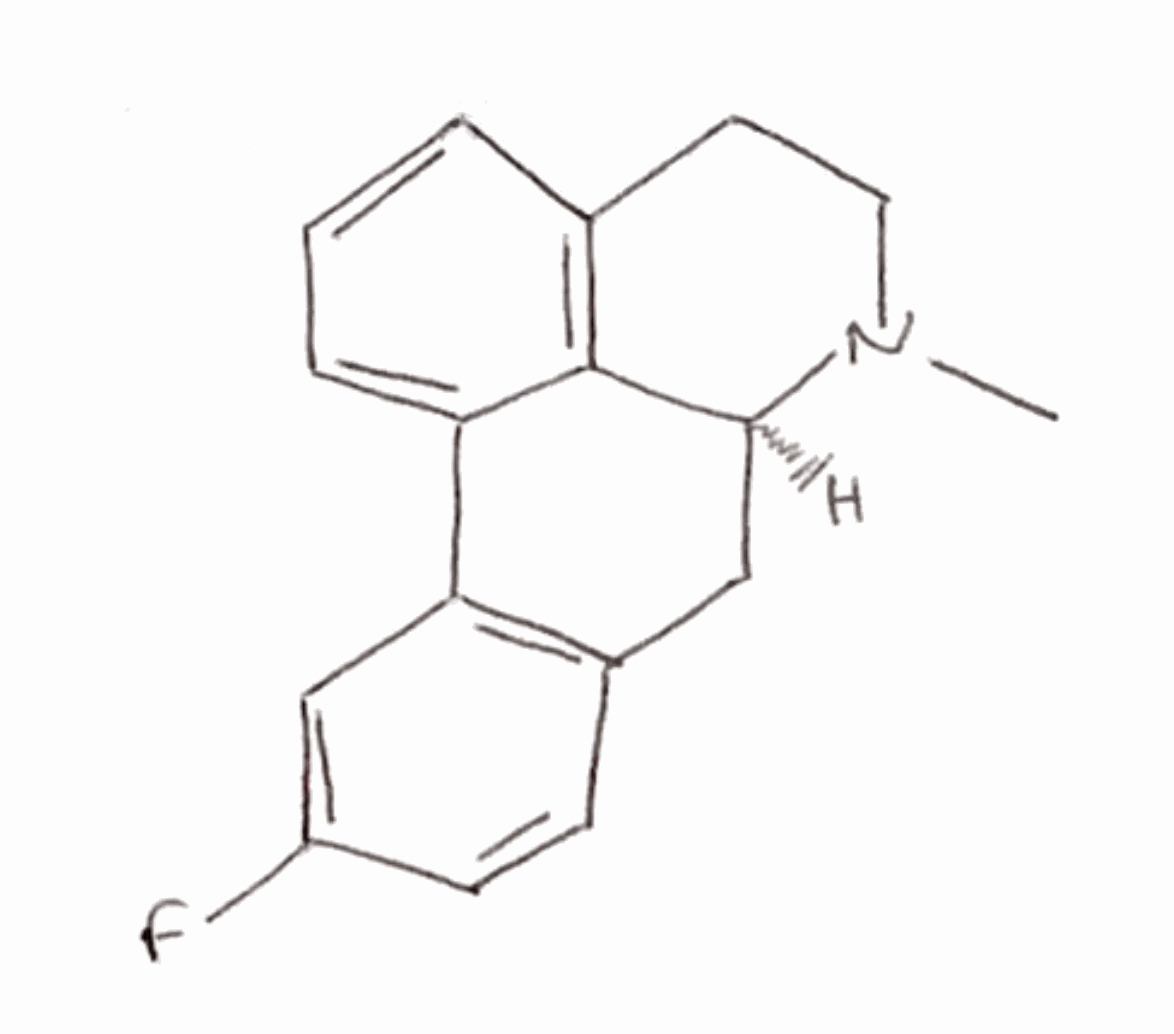
Simplified molecular-input line-entry system (SMILES) notation of the given molecule:
CN1CCC2=C3[C@@H]1CC4=C(C3=CC=C2)C=C(C=C4)F